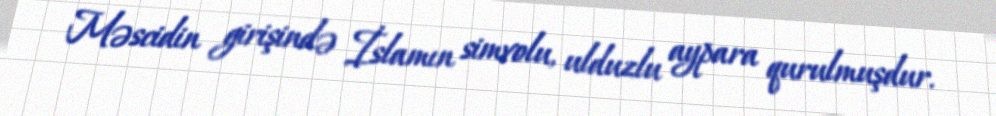
Məscidin girişində İslamın simvolu, ulduzlu aypara qurulmuşdur.